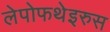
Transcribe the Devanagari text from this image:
लेपोफथेइरुस